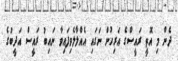
ދެން މި އޮތީ ރައީސްގެ އަރިހުން ނަގައި އެއްލާލެވިފައިވާ ނައިބު ރައީސް އަދީބުގެ